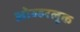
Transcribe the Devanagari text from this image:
ओव्हरलूक